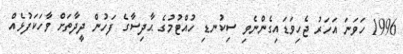
1996 ހަވަނަ އަހަރު ޖެހިވަޑައިގެންނެވި ސިކުނޑި ހުއްޓުމުގެ ޙާދިސާގެ ފަހުން ދީދާތަށް ވާހަކަފުޅެއް